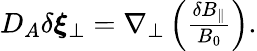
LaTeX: \begin{array}{r}{D_{A}\delta\boldsymbol{\xi}_{\perp}=\nabla_{\perp}\left(\frac{\delta B_{\parallel}}{B_{0}}\right).}\end{array}